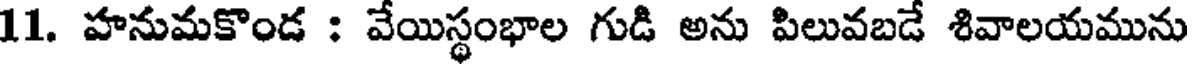
11. హనుమకొండ : వేయిస్థంభాల గుడి అను పిలువబడే శివాలయమును